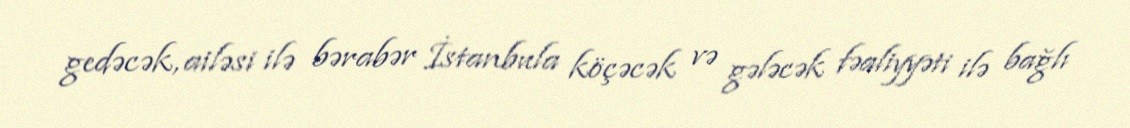
gedəcək, ailəsi ilə bərabər İstanbula köçəcək və gələcək fəaliyyəti ilə bağlı